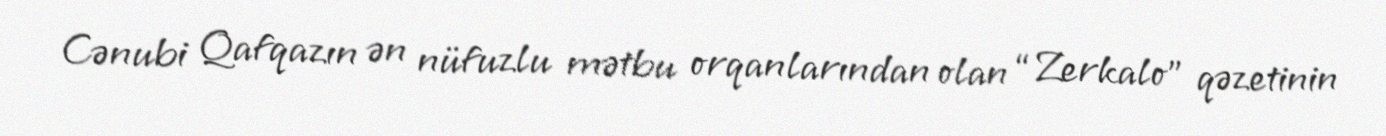
Cənubi Qafqazın ən nüfuzlu mətbu orqanlarından olan “Zerkalo” qəzetinin